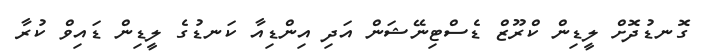
ގޮނޑުދޮށް ލީޑިން ކްރޫޒް ޑެސްޓިނޭޝަން އަދި އިންޑިއާ ކަނޑުގެ ލީޑިން ޑައިވް ކުރާ